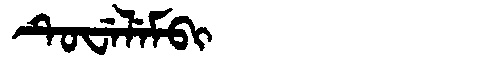
Manchu: ᡨᡠᠸᡝᠯᡝᠮᠪᡳ
Romanization: TUWELEMBI